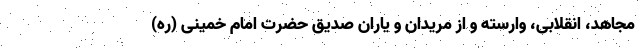
مجاهد، انقلابی، وارسته و از مریدان و یاران صدیق حضرت امام خمینی (ره)